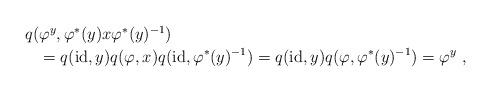
LaTeX: \begin{align*}\begin{multlined}q(\varphi^y,\varphi^\ast(y)x\varphi^\ast(y)^{-1}) \\= q(\mathrm{id},y)q(\varphi,x)q(\mathrm{id},\varphi^\ast(y)^{-1})= q(\mathrm{id},y) q(\varphi,\varphi^\ast(y)^{-1})= \varphi^y\ ,\end{multlined}\end{align*}